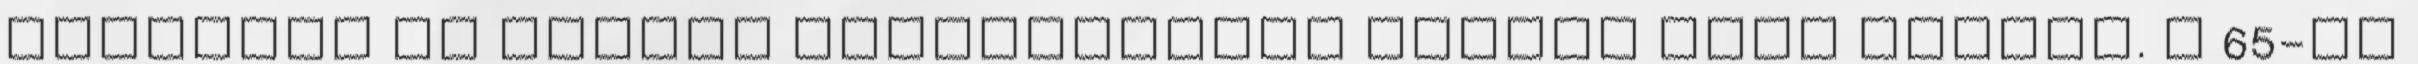
Továbbra is elzárt településnek számít Edde község. A 65-ös